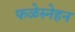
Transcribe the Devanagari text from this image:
फळेस्नेहन